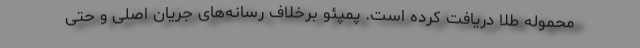
محموله طلا دریافت کرده است. پمپئو برخلاف رسانه‌های جریان اصلی و حتی